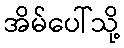
အိမ်ပေါ်သို့